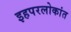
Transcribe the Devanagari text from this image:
इहपरलोकांत